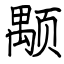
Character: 颙